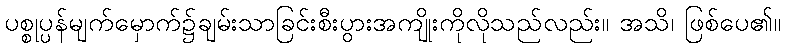
ပစ္စုပ္ပန်မျက်မှောက်၌ချမ်းသာခြင်းစီးပွားအကျိုးကိုလိုသည်လည်း။ အသိ၊ ဖြစ်ပေ၏။